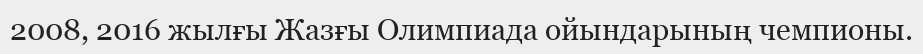
2008, 2016 жылғы Жазғы Олимпиада ойындарының чемпионы.